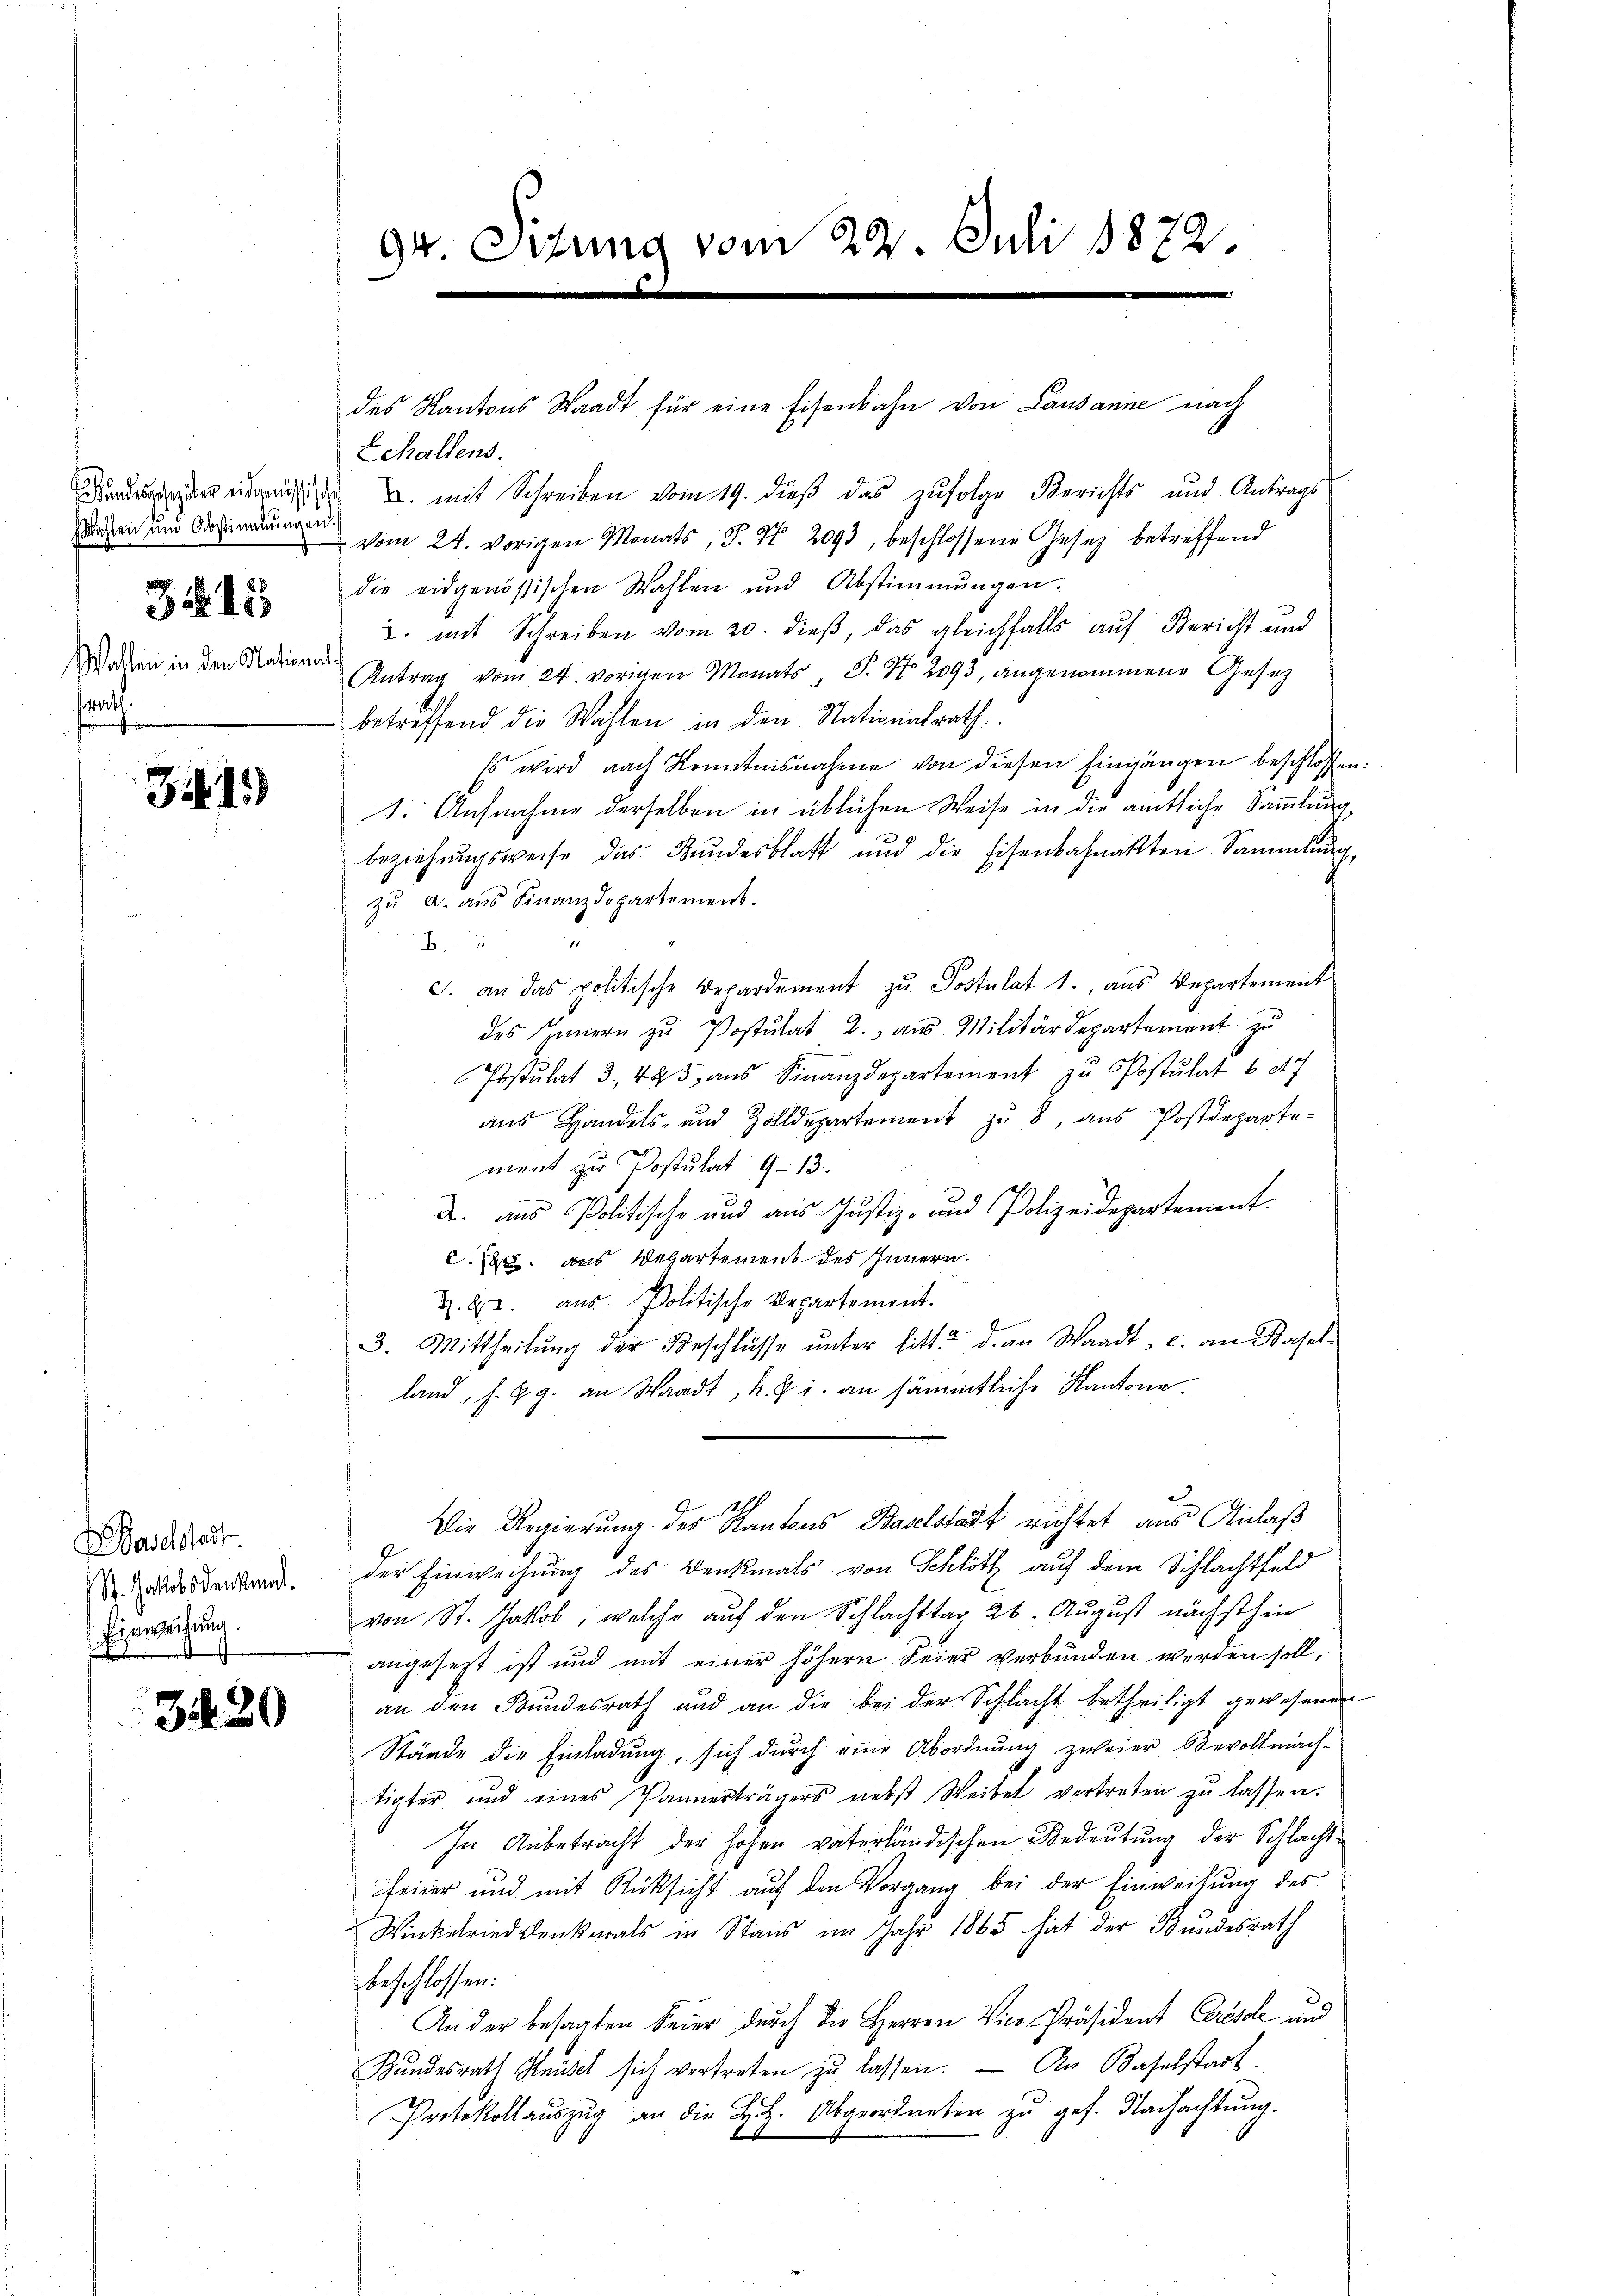
Wahlen und Abstimmungen.
3. 15
Wollen in den Nationalot.

344)

Basclstadt
St. Gattolsdenkmal.
Einweisung.
.

320

gr. Sitzung vom 22. Juli 1872.
.
e

des Kantons Waadt für eine Eisenbahn von Lausanne nach

Echallens.
Deuer eben u. mit Schreiben vom 19. dieß das zufolge Berichts und Antrags
vom 24. vorigen Monats, P. Nr. 2093, beschlossene Gesetz betreffend
die eidgenössischen Wahlen und Abstimmungen.
u. mit Schreiben vom 20. dieß, das gleichfalls auf Bericht und
Antrag vom 24. vorigen Monats, S. Nr. 2093, angenommene Gesetz
betreffend die Wahlen in den Nationalrath.
Es wird nach Kenntnisnahme von diesen Eingängen beschlossen:
1. Aufnahme derselben in üblichen Weise in die amtliche Sammlung,
beziehungsweise das Bundesblatt und die Eisenbahnakten Sammlung,
zŭ a. aŭs Finanzdepartement.
B.
c. an das politische Depardement zu Postulat 1., aus Departement
des Innern zu Postulat B. aus Militärdepartement zu
Postulat 3. 425 aŭs Finanzdepartement zŭ Postulat 627.
aŭs Handels- und Zolldepartement zŭ 8, aŭs Postdeparte-
ment zu Postulat 9–13.
A. aus Politische und aus Justiz- und Polizeidepartement.
.12. das Wehartement des Innern.
Z. 23. aus Politische Departement.
3. Mittheilŭng der Beschlüsse ŭnter litt. d. an Waadt, c. an Basel-
land, s. Z. g. an Waadt, K. R. i. an sämmtliche Kantone.
i
Die Regierung des Kantons Baselstadt richtet aus Anlaß
der Einweisung des Denkmals von Schlött auf dem Schlachtfeld
von St. Jakob, welche auf den Schlachttag 26. August nächsthin
angesetzt ist und mit einer höhern Seier verbunden werden soll,
an den Bundesrath und an die bei der Schlacht betheiligt gewesenen
Stände die Einladŭng, sich dŭrch eine Abordnŭng zweier Bevollmach-
tigter und eines Pannerträgers nebst Weibet vertreten zŭ lassen.
In Anbetracht der hohen vaterländischen Bedeutung der Schlachtfeiner und mit Rücksicht auf den Vorgang bei der Einweisung des
Winkelriedenkmals in Stans im Jahr 1865 hat der Bundesrath
beschlossen:
An der besagten Feier durch die Herren Vice-Präsident Grösse und
Kŭndesrath Knüsel sich vertreten zŭ lassen. An Baselstadt.
Protokollauszug an die H.H. Abgeordneten zu ges. Nachachtung.